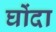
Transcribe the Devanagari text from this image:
घोंदा